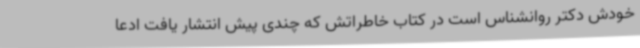
خودش دکتر روانشناس است در کتاب خاطراتش که چندی پیش انتشار یافت ادعا